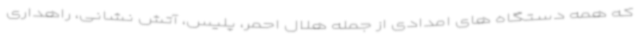
که همه دستگاه های امدادی از جمله هلال احمر، پلیس، آتش نشانی، راهداری